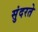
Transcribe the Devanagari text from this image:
सुंदरते